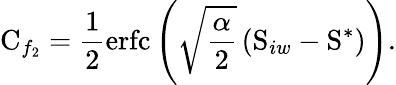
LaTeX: \mathrm{C}_{f_{2}}=\frac{1}{2}\mathrm{erfc}\left(\sqrt{\frac{\alpha}{2}}\left(\mathrm{S}_{iw}-\mathrm{S}^{\ast}\right)\right).